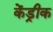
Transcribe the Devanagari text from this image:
केंड्रीक